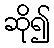
ဆို၍